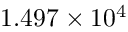
1 . 4 9 7 \times 1 0 ^ { 4 }